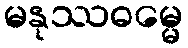
မနုဿဓမ္မေ